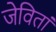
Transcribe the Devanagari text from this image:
जेवितां